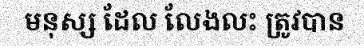
មនុស្ស ដែល លែងលះ ត្រូវបាន